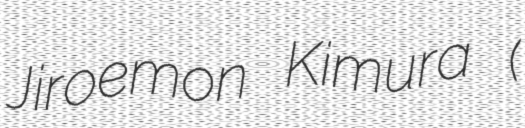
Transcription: Jiroemon Kimura (木村